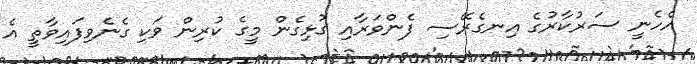
އެހެނީ ސަރުކާރުގެ އިނގެރޭސި ފެންވަރާއި ގުޅިގެން މީގެ ކުރިން ވަކި ގެނެވިފައިވާތީ އެ